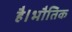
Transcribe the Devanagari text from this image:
है।भौतिक